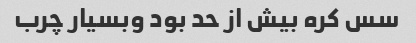
سس کره بیش از حد بود وبسیار چرب